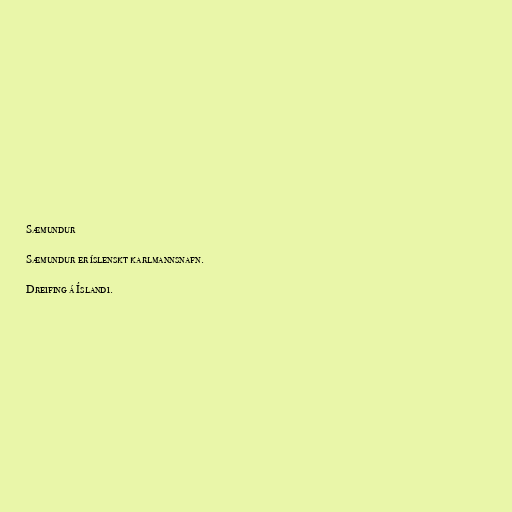
Sæmundur

Sæmundur er íslenskt karlmannsnafn.

Dreifing á Íslandi.